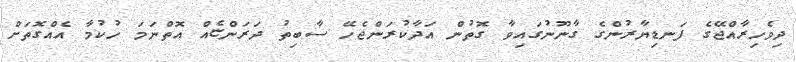
ދިވެހިރާއްޖޭގެ ފަނޑިޔާރުންގެ ގާނޫނުގައިވާ ގޮތުން އަދާކުރަންޖެހޭ ސާބިތު ދަރަންޏެއް އޮތްނަމަ ހުކުމާ އެއްގޮތަށް